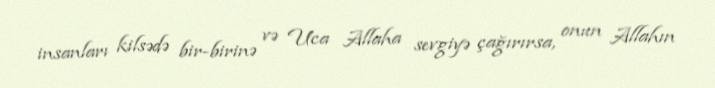
insanları kilsədə bir-birinə və Uca Allaha sevgiyə çağırırsa, onun Allahın